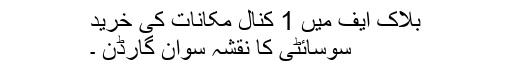
بلاک ایف میں 1 کنال مکانات کی خرید
سوسائٹی کا نقشہ سوان گارڈن ۔